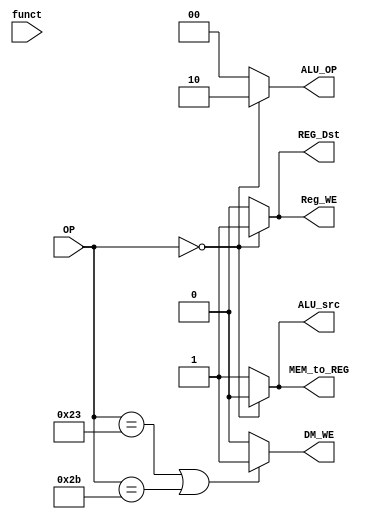
`timescale 1ns / 1ps

module Decoder( OP, Reg_WE, DM_WE, ALU_OP, ALU_src,MEM_to_REG,REG_Dst,funct);
	input [5:0] OP;
	input [5:0] funct;
	output Reg_WE, DM_WE, ALU_src,MEM_to_REG,REG_Dst;
	output [1:0] ALU_OP;
	
	wire Reg_WE, DM_WE, ALU_src,MEM_to_REG,REG_Dst;
	wire [1:0] ALU_OP;
	/* add your design */   	
	assign Reg_WE = (OP == 6'b000000)?1:0;
	assign DM_WE = (OP == 6'b100011 || OP == 6'b101011)?1:0;
	assign ALU_src = (OP == 6'b000000)?0:1;
	assign ALU_OP = (OP == 6'b000000)?2'b10:2'b00;
	assign REG_Dst = (OP == 6'b000000)?1:0;
	assign MEM_to_REG = (OP == 6'b000000)?0:1;
	
	
	
	
endmodule